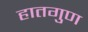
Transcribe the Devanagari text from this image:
हातगुण